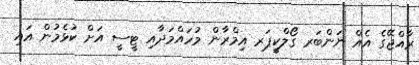
ރާއްޖޭގެ އެއް ނަންބަރ ގޯލްކީޕަރ އިމްރާން މުހައްމަދާއި ޓީސީ އަށް ކުޅެމުން އައި